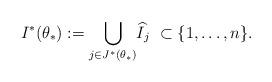
LaTeX: \begin{align*}I^*(\theta_*) := \underset{j \in J^*(\theta_*)}{\bigcup} \widehat{I}_j \,\, \subset \{1,\dots,n\}.\end{align*}